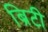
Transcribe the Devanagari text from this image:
ब्रिटी